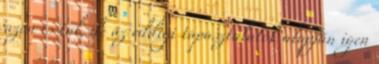
azon is túl, de az eddigi tapasztalatok alapján igen